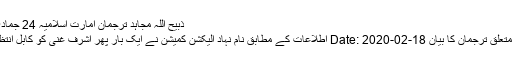
ذبیح اللہ مجاہد ترجمان امارت اسلامیہ 24 جمادی الثانی 1441 ھ بمطابق 18 فروری 2020
جعلی الیکشن میں اشرف غنی کی کامیابی کے متعلق ترجمان کا بیان Date: 2020-02-18 اطلاعات کے مطابق نام نہاد الیکشن کمیشن نے ایک بار پھر اشرف غنی کو کابل انتظامیہ کے سربراہ کے طور پر متعارف کروایا۔